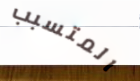
المتسبب